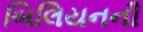
બિલિયનની